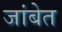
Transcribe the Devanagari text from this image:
जांबेत